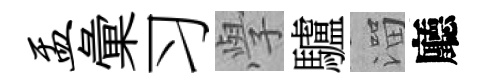
盂彙习𭓕驢溜廳